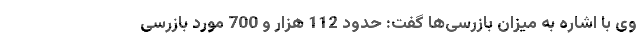
وی با اشاره به میزان بازرسی‌ها گفت: حدود 112 هزار و 700 مورد بازرسی